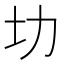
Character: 㘦